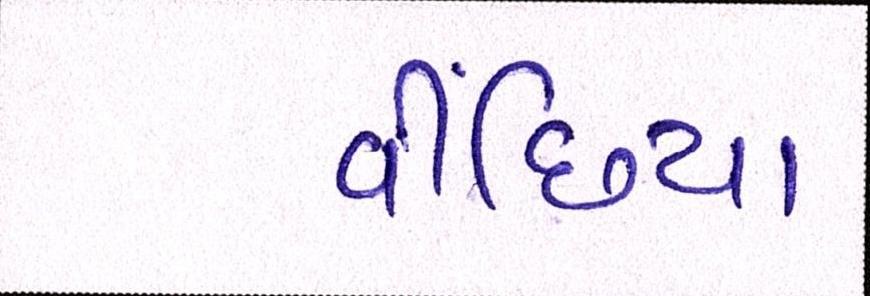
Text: વીંછિયા